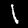
Label: 1